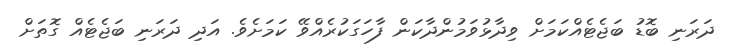
ދަރަނި ބޮޑު ބަޖެޓެއްކަމަށް ވިދާޅުވަމުންދާކަން ފާހަގަކުރެއްވޭ ކަމަށެވެ. އަދި ދަރަނި ބަޖެޓެއް ގޮތަށް